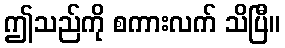
ဤသည်ကို စကားလက် သိပြီ။